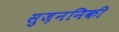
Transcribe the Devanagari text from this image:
सुज़ननिकी